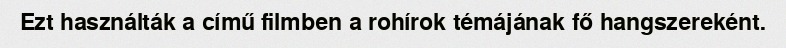
Ezt használták a című filmben a rohírok témájának fő hangszereként.